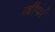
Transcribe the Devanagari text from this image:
द्वीपां